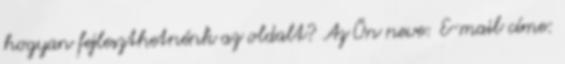
hogyan fejleszthetnénk az oldalt? Az Ön neve: E-mail címe: